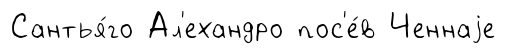
Сантья́го Ал'ехандро пос'е́в Ченнаjе